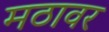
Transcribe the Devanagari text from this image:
मठावर